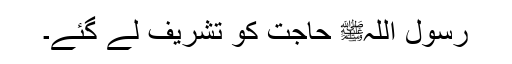
رسول اللہﷺ حاجت کو تشریف لے گئے۔